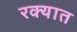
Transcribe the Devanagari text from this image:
रक्यात